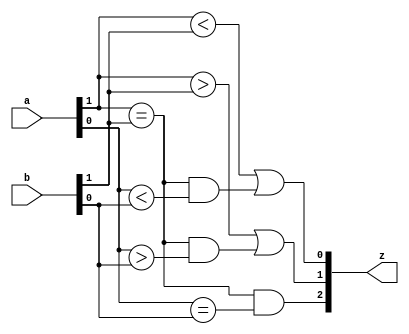
`timescale 1ns / 1ps
//////////////////////////////////////////////////////////////////////////////////
// Company: 
// Engineer: 
// 
// Design Name: 
// Module Name:    comp2bit 
// Project Name: 
// Target Devices: 
// Tool versions: 
// Description: 
//
// Dependencies: 
//
// Revision: 
// Revision 0.01 - File Created
// Additional Comments: 
//
//////////////////////////////////////////////////////////////////////////////////
module comp2bit(input wire[1:0] a,input wire[1:0] b,output wire[2:0] z);
assign z[2]=(a[1]==b[1])&(a[0]==b[0]);
assign z[1]=(a[1]>b[1])||(a[1]==b[1]&a[0]>b[0]);
assign z[0]=(a[1]<b[1])||(a[1]==b[1]&a[0]<b[0]);
endmodule